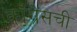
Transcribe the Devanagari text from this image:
कॉँग्रेसची